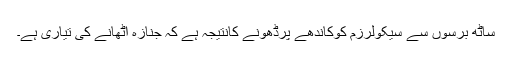
ساٹھ برسوں سے سیکولرزم کوکاندھے پرڈھونے کانتیجہ ہے کہ جنازہ اٹھانے کی تیاری ہے۔